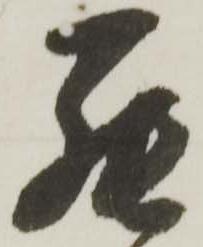
罷